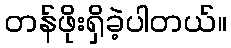
တန်ဖိုးရှိခဲ့ပါတယ်။